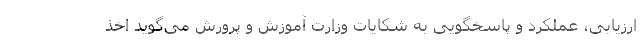
ارزیابی، عملکرد و پاسخگویی به شکایات وزارت آموزش و پرورش می‌گوید اخذ